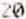
20